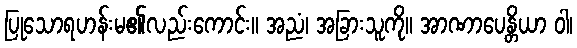
ပြုသောရဟန်းမ၏လည်းကောင်း။ အညံ၊ အခြားသူကို။ အာဏာပေန္တိယာ ဝါ၊